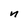
Character: n